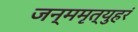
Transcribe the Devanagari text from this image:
जन्ममृत्युहरं